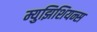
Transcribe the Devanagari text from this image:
म्युझिशियन्स